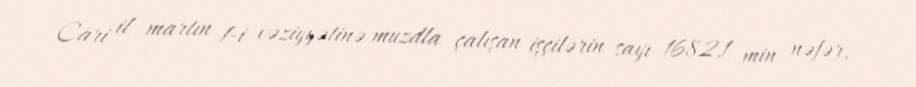
Cari il martın 1-i vəziyyətinə muzdla çalışan işçilərin sayı 1682,1 min nəfər,